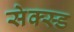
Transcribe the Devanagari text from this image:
सेक्स्ड